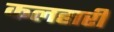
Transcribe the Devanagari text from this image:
कलहारी